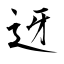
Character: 迓